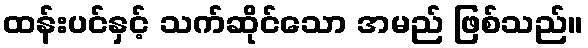
ထန်းပင်နှင့် သက်ဆိုင်သော အမည် ဖြစ်သည်။